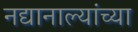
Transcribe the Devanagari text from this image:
नद्यानाल्यांच्या